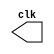
// --Pontificia Universidade Catolica de Minas Gerais
// -- Guia 09 - 05/10/2010
// -- Nome: Jonathan Felipe Xavier	Matricula: 415704

module clock ( clk );
 output clk;
 reg    clk;

 initial
  begin
   clk = 1'b1;
  end

 always
  begin
   #2 clk = ~clk;
  end
endmodule

module pulse ( signal, clock );
 input  clock;
 output signal;
 reg    signal;

 always @ ( clock )
  begin
      signal = 1'b1;
  #12  signal = 1'b0;
  #12  signal = 1'b1;
  
  
  end
endmodule // pulse

module teste;

 wire  clock;
 clock clk ( clock );
 reg s;
 wire pt;
 pulse p1 (pt,clock);
 
 initial
 begin
 s = 1'b0;
 end
 
 initial begin
  $dumpfile ( "Exercicio05.vcd" );
  $dumpvars(1, clock, pt);
  		s = 1'b0;
  #50 s = 1'b1; 
  #100 s = 1'b0;
  #150 s = 1'b1;
  #200 $finish;
 end
 endmodule